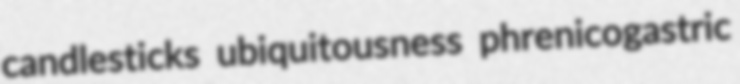
candlesticks ubiquitousness phrenicogastric